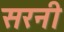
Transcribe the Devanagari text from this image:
सरनी